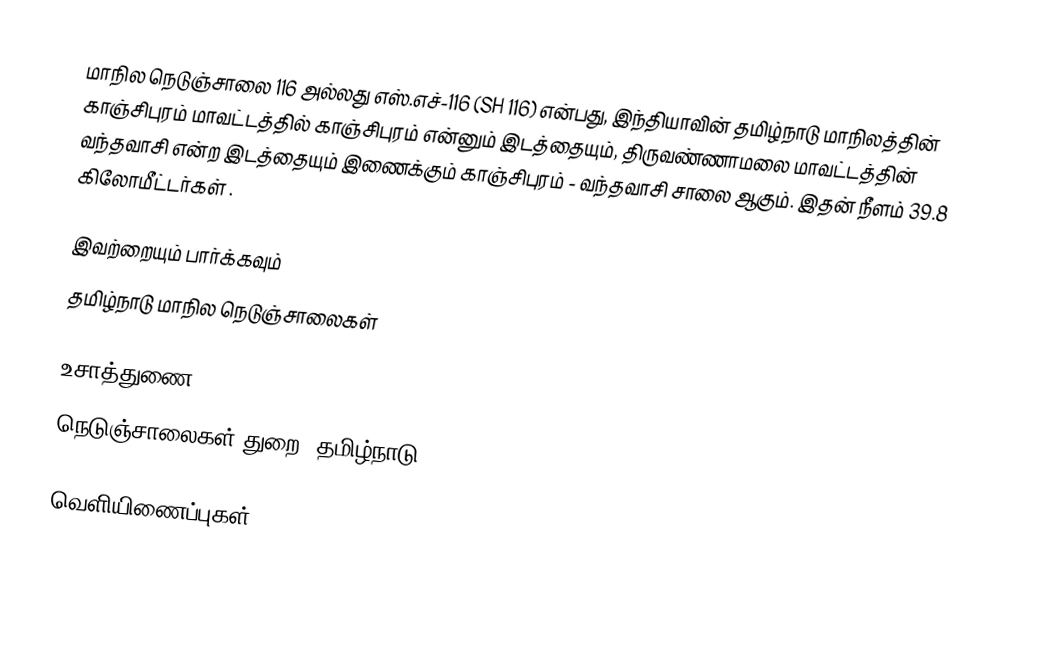
மாநில நெடுஞ்சாலை 116 அல்லது எஸ்.எச்-116 (SH 116) என்பது, இந்தியாவின் தமிழ்நாடு மாநிலத்தின் காஞ்சிபுரம் மாவட்டத்தில் காஞ்சிபுரம் என்னும் இடத்தையும், திருவண்ணாமலை மாவட்டத்தின் வந்தவாசி என்ற இடத்தையும் இணைக்கும் காஞ்சிபுரம் - வந்தவாசி சாலை ஆகும். இதன் நீளம் 39.8  கிலோமீட்டர்கள் .

இவற்றையும் பார்க்கவும்
 தமிழ்நாடு மாநில நெடுஞ்சாலைகள்

உசாத்துணை
 நெடுஞ்சாலைகள் துறை, தமிழ்நாடு

வெளியிணைப்புகள்